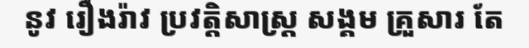
នូវ រឿងរ៉ាវ ប្រវត្តិសាស្ត្រ សង្គម គ្រួសារ តែ